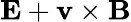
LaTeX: \mathbf{E}+\mathbf{v}\times\mathbf{B}